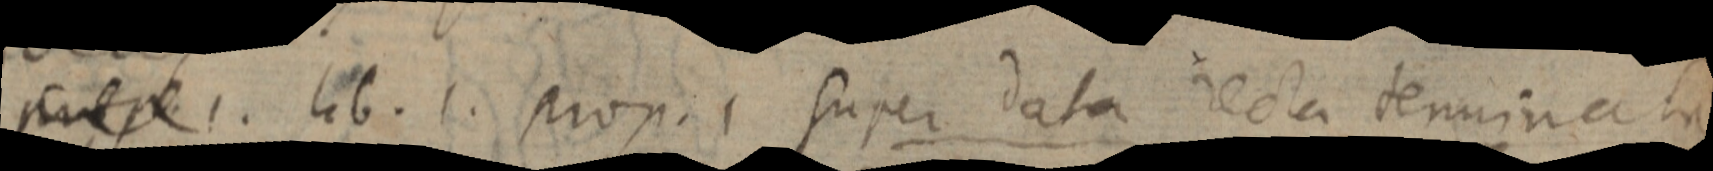
_ . lib. 1. prop.1 super data recta terminata